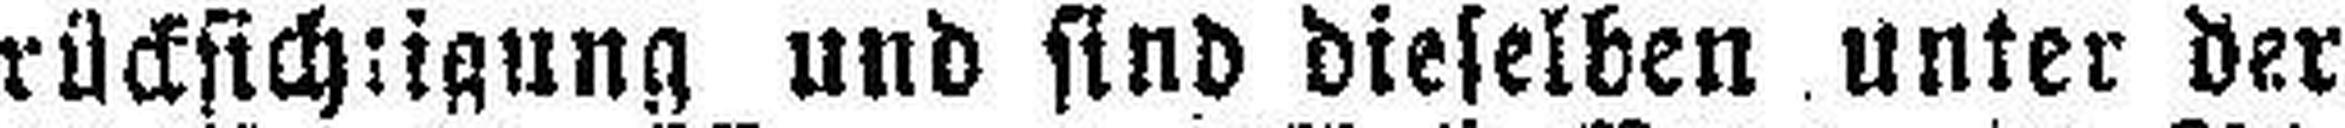
rücksichtigung und sind dieselben unter der